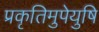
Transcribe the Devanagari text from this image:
प्रकृतिमुपेयुषि